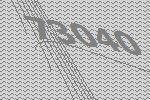
73040